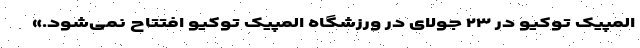
المپیک توکیو در ۲۳ جولای در ورزشگاه المپیک توکیو افتتاح نمی‌شود.»